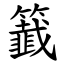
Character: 籖